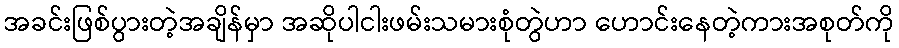
အခင်းဖြစ်ပွားတဲ့အချိန်မှာ အဆိုပါငါးဖမ်းသမားစုံတွဲဟာ ဟောင်းနေတဲ့ကားအစုတ်ကို